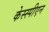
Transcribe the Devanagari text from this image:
केस्स्पीएन